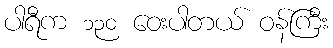
ပါရီက ၁၃၀ ဝေးပါတယ် ဝန်ကြီး